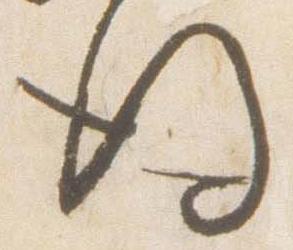
後